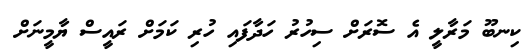
ކިނބޫ މަރާލީ އެ ސޮރަށް ސިހުރު ހަދާފައި ހުރި ކަމަށް ރައީސް ޔާމީނަށް